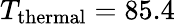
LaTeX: T_{\mathrm{thermal}}=85.4